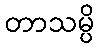
တာသမ္ပိ